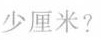
少厘米?